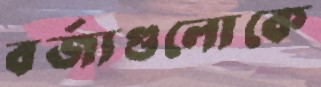
বর্জ্যগুলোকে